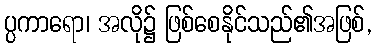
ပ္ပကာရော၊ အလို၌ ဖြစ်စေနိုင်သည်၏အဖြစ်,